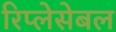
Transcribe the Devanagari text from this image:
रिप्लेसेबल